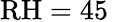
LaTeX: \mathrm{RH}=45\